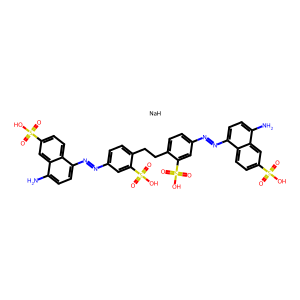
SMILES: Nc1ccc(N=Nc2ccc(CCc3ccc(N=Nc4ccc(N)c5cc(S(=O)(=O)O)ccc45)cc3S(=O)(=O)O)c(S(=O)(=O)O)c2)c2ccc(S(=O)(=O)O)cc12.[NaH]
Inhibits HIV replication: Yes